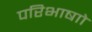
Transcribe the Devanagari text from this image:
परिभाषाो